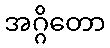
အဂ္ဂိတော